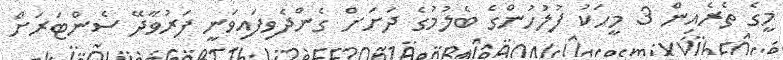
މީގެ ތެރެއިން 3 މީހަކު ފުލުހުންގެ ބެލުމުގެ ދަށަށް ގެންދެވިފައިވަނީ ފަރުވާދޭ ސެންޓަރަށް